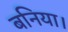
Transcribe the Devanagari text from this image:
बनिया।